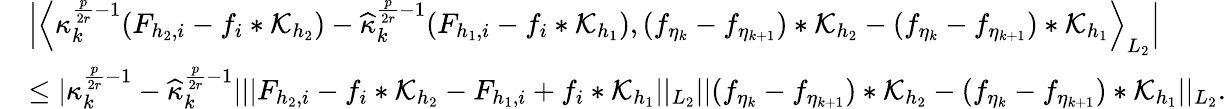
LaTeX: \begin{array}{rl}&{\Big|\Big\langle\kappa_{k}^{\frac{p}{2r}-1}(F_{{h_{2}},i}-f_{i}*\mathcal{K}_{h_{2}})-\widehat{\kappa}_{k}^{\frac{p}{2r}-1}(F_{{h_{1}},i}-f_{i}*\mathcal{K}_{h_{1}}),(f_{\eta_{k}}-f_{\eta_{k+1}})*\mathcal{K}_{h_{2}}-(f_{\eta_{k}}-f_{\eta_{k+1}})*\mathcal{K}_{h_{1}}\Big\rangle_{L_{2}}\Big|}\\ &{\le\vert\kappa_{k}^{\frac{p}{2r}-1}-\widehat{\kappa}_{k}^{\frac{p}{2r}-1}\vert\vert\vert F_{{h_{2}},i}-f_{i}*\mathcal{K}_{h_{2}}-F_{{h_{1}},i}+f_{i}*\mathcal{K}_{h_{1}}\vert\vert_{L_{2}}\vert\vert(f_{\eta_{k}}-f_{\eta_{k+1}})*\mathcal{K}_{h_{2}}-(f_{\eta_{k}}-f_{\eta_{k+1}})*\mathcal{K}_{h_{1}}\vert\vert_{L_{2}}.}\end{array}